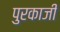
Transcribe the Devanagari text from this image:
पुरकाजी